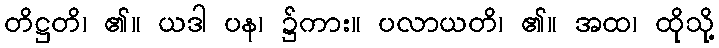
တိဋ္ဌတိ၊ ၏။ ယဒါ ပန၊ ၌ကား။ ပလာယတိ၊ ၏။ အထ၊ ထိုသို့